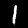
Digit: 1